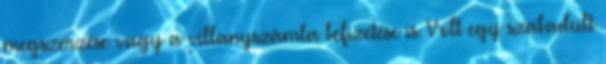
megszerzése vagy a villanyszámla befizetése is. Volt egy szabadult